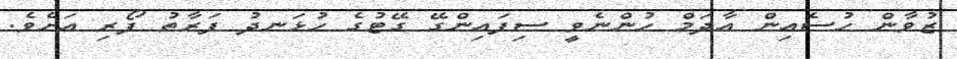
ޒުވާން ހުސެއިން އާދަމް ހުންނެވީ ސިފައިންގޭ ގޭޓުގެ ހުޅަނދު ފަރާތު ފޯރި އަށެވެ.